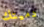
دميتك